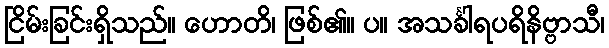
ငြိမ်းခြင်းရှိသည်။ ဟောတိ၊ ဖြစ်၏။ ပ။ အသင်္ခါရပရိနိဗ္ဗာသီ၊